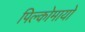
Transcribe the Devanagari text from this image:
पिल्कोमायो